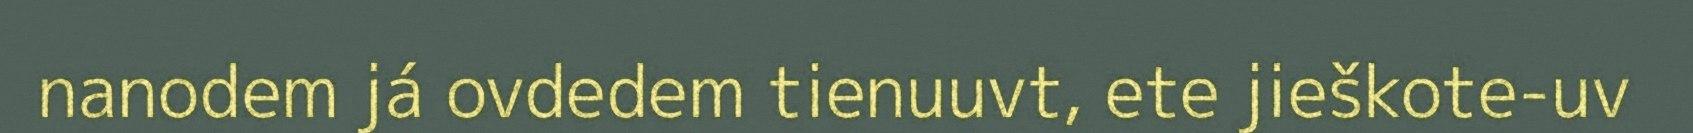
nanodem já ovdedem tienuuvt, ete jieškote-uv